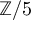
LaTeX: \mathbb { Z } / 5